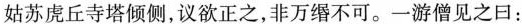
姑苏虎丘寺塔倾侧，议欲正之，非万缗不可。一游僧见之曰：